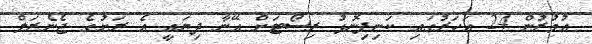
އުމުރުން 24 އަހަރުގައި ކަނިފިނޮޅު ރިސޯޓަށް އޭނާ ދިޔައީ އެ ރަށުގެ ޖެނެރަލް